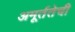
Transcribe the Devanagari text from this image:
अमूर्ततेची